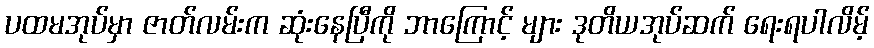
ပထမအုပ်မှာ ဇာတ်လမ်းက ဆုံးနေပြီကို ဘာကြောင့် များ ဒုတိယအုပ်ဆက် ရေးရပါလိမ့်